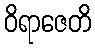
ဝိရာဇေတိ